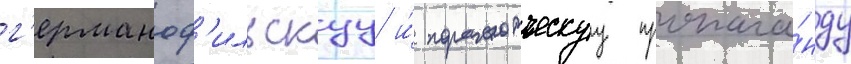
г'ерманоф'ильскуу и́ пораженческуу пропага́нду